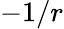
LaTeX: -1/r